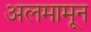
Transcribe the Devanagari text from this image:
अलमामून